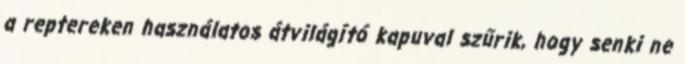
a reptereken használatos átvilágító kapuval szűrik, hogy senki ne